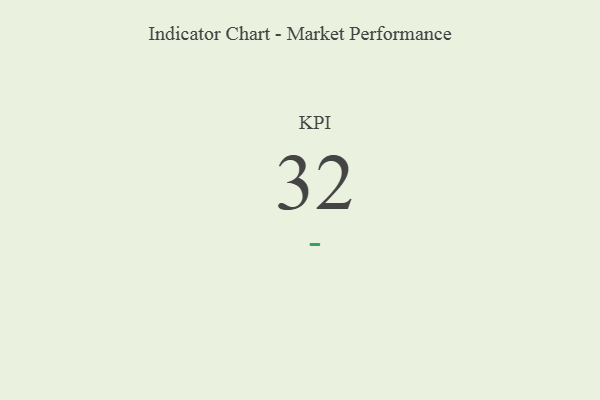
{"axis": {"x": "KPI", "y": "Value"}, "legend": [""], "data": [{"x": "KPI", "y": 32, "type": ""}]}